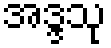
အဒ္ဒသု